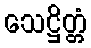
သေဋ္ဌိတ္တံ